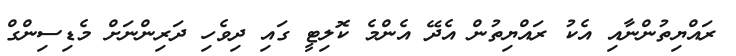
ރައްޔިތުންނާއި އެކު ރައްޔިތުން އެދޭ އެންމެ ކޮލިޓީ ގައި ދިވެހި ދަރިންނަށް މެޑިސިންގް